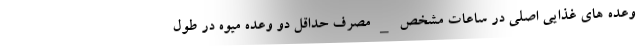
وعده های غذایی اصلی در ساعات مشخص _ مصرف حداقل دو وعده میوه در طول